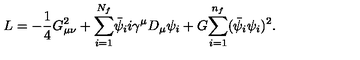
L = - { \frac { 1 } { 4 } } G _ { \mu \nu } ^ { 2 } + { \sum _ { i = 1 } ^ { N _ { f } } } \bar { \psi } _ { i } i \gamma ^ { \mu } D _ { \mu } \psi _ { i } + G { \sum _ { i = 1 } ^ { n _ { f } } } ( \bar { \psi } _ { i } \psi _ { i } ) ^ { 2 } .